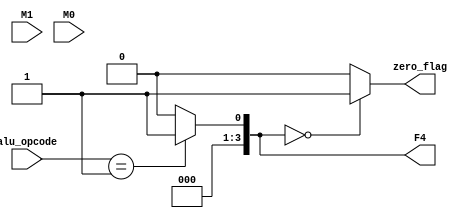
module ALU (M1, M0, alu_opcode, F4, zero_flag);
  parameter size = 4;
  input [size-1:0] M0, M1;
  input [size-2:0] alu_opcode;
  output reg [size-1:0] F4;
  output reg zero_flag;
  
  always @(M0 or M1 or alu_opcode)
    begin
      case(alu_opcode)
        001: F4 <= 1;   //set
        010: F4 <= M1 + 1;    //increment
        011: F4 <= M1 - 1 ;    //decrement
        101: F4 <= M1;    //store -> R[xx] to data_out
        110: F4 <= M1 + M0;   //add
        111: F4 <= M0;   //copy -> R[yy] to R[xx]
        default: F4 <= 0;
      endcase
    end
    
  always @(F4) 
    begin
      if (!F4)
        zero_flag = 1;
      else
        zero_flag = 0;
    end
	 
endmodule